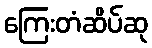
ကြေးတံဆိပ်ဆု